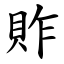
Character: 䝫